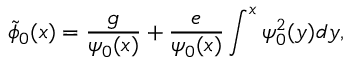
\tilde { \phi } _ { 0 } ( x ) = \frac { g } { \psi _ { 0 } ( x ) } + \frac { e } { \psi _ { 0 } ( x ) } \int ^ { x } \psi _ { 0 } ^ { 2 } ( y ) d y ,